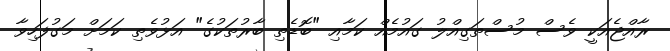
ރާއްޖެއަކީ ވެސް މުސްތަގިއްލު ގައުމެއް ކަމާއި "ބޮޑެތި ބާރުތަކުގެ" އަޅުވެތި ކަމަށް މަގުފަހިވާ